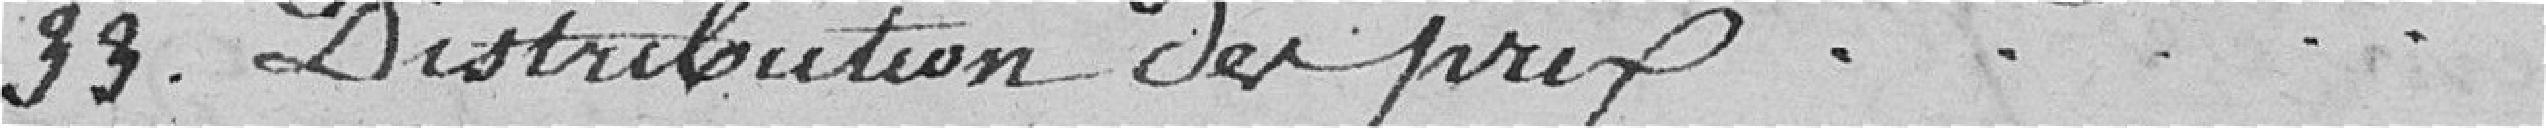
33. Distribution du prix